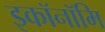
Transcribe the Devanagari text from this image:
इकॉनॉमि